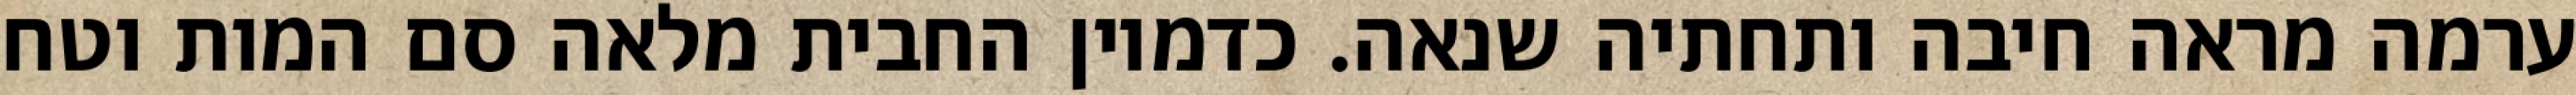
ערמה מראה חיבה ותחתיה שנאה. כדמיון החבית מלאה סם המות וטח